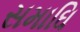
સમાઘિ